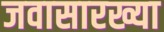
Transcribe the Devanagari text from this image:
जवासारख्या